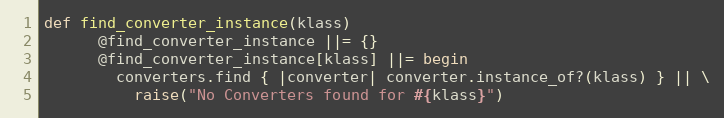
Language: Ruby
def find_converter_instance(klass)
      @find_converter_instance ||= {}
      @find_converter_instance[klass] ||= begin
        converters.find { |converter| converter.instance_of?(klass) } || \
          raise("No Converters found for #{klass}")